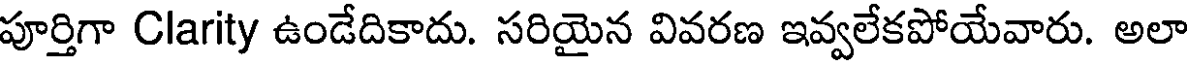
పూర్తిగా Clarity ఉండేదికాదు. సరియైన వివరణ ఇవ్వలేకపోయేవారు. అలా